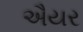
ઐયર